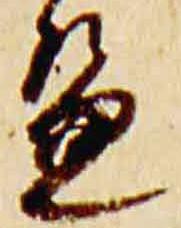
篇